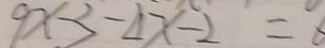
9 x - 3 - 4 x - 2 = 6